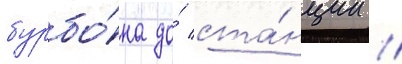
бурбо́на до́ ста́нции /